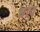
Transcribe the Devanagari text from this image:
धांव